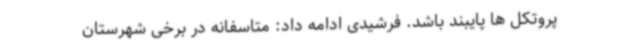
پروتکل ها پایبند باشد. فرشیدی ادامه داد: متاسفانه در برخی شهرستان